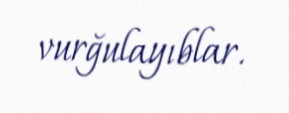
vurğulayıblar.